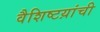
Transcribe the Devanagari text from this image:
वैशिष्टय़ांची